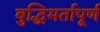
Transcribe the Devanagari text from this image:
बुद्धिमर्तापूर्ण